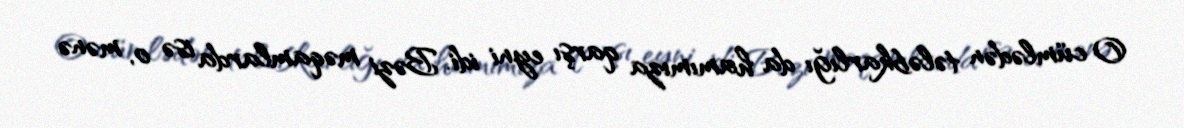
O cümlədən tələbkarlığı da hamımıza qarşı eyni idi. Bəzi məqamlarda isə o, mənə